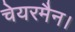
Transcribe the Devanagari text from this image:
चेयरमैन।